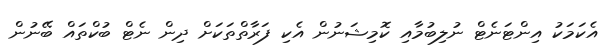
އެކަމަކު އިންޓަނެޓް ނުލިބުމާއި ކޮމިޝަނުން އެކި ފަރާތްތަކަށް ދިން ނެޓް ބުކްތައް ބޭނުން